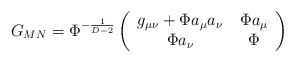
\begin{align*}G_{MN}=\Phi^{-\frac{1}{D-2}}\left(\begin{array}{cc} g_{\mu\nu}+\Phi a_\mu a_\nu& \,\Phi a_\mu \\ \Phi a_\nu & \,\Phi\end{array}\right)\end{align*}